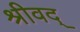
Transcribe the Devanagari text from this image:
श्रीवद्‌